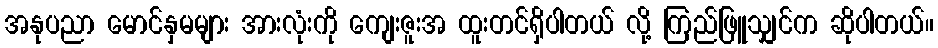
အနုပညာ မောင်နှမများ အားလုံးကို ကျေးဇူးအ ထူးတင်ရှိပါတယ် လို့ ကြည်ဖြူသျှင်က ဆိုပါတယ်။